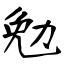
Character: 勉